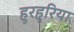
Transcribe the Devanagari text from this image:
हुरहुरिया